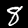
Label: 8